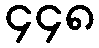
၄၄၈